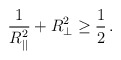
\begin{align*}\frac{1}{R^2_{||}}+R_\perp^2\ge\frac{1}{2}\,.\end{align*}